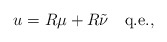
\begin{align*}u=R\mu+R\tilde\nu\quad\mbox{q.e.},\end{align*}